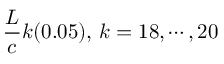
{ \frac { L } { c } } k ( 0 . 0 5 ) , \, k = 1 8 , \cdots , 2 0